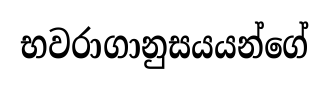
භවරාගානුසයයන්ගේ